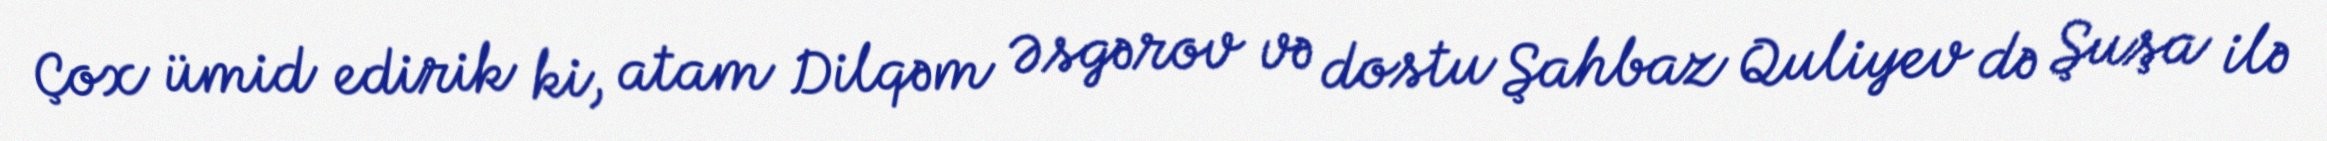
Çox ümid edirik ki, atam Dilqəm Əsgərov və dostu Şahbaz Quliyev də Şuşa ilə